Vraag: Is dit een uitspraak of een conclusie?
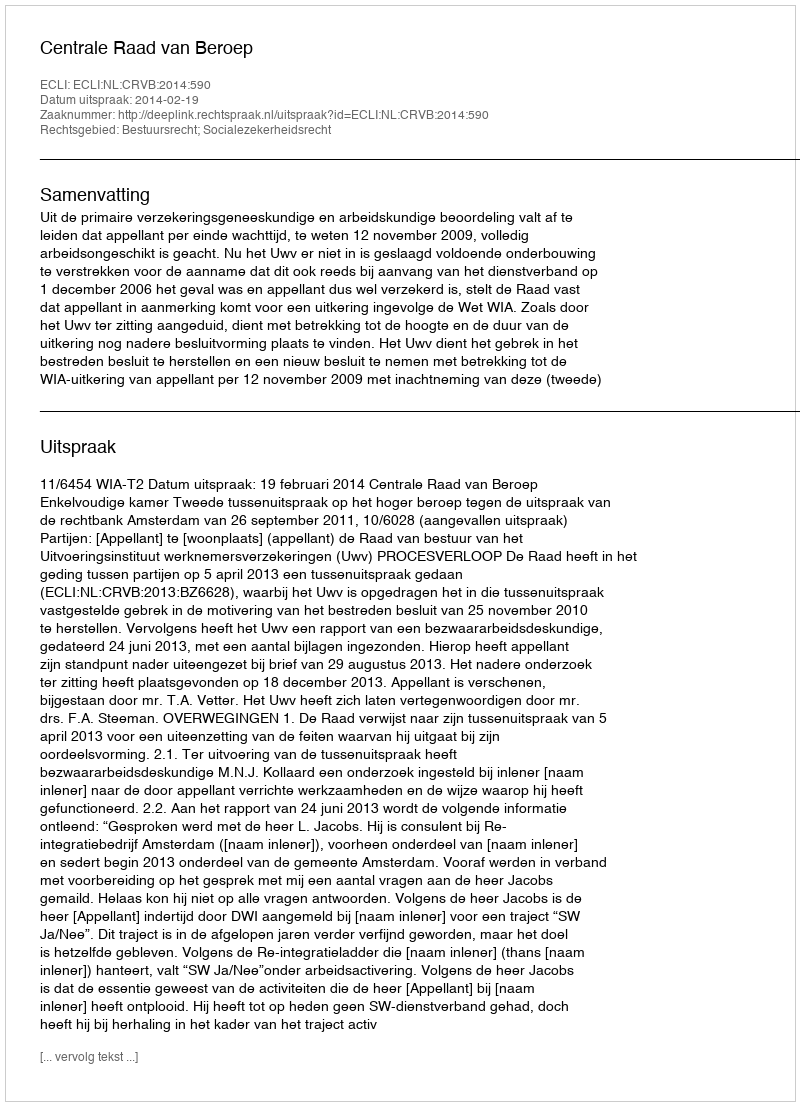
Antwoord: Uitspraak